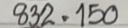
832 = 150